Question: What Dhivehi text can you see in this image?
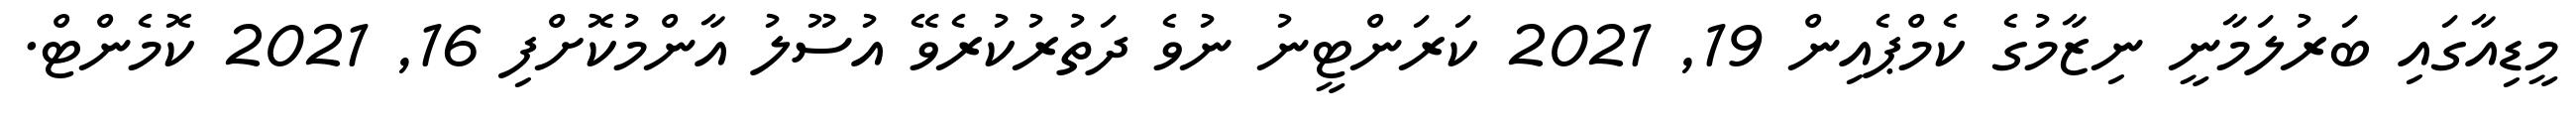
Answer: މީޑިއާގައި ބަރުލަމާނީ ނިޒާމުގެ ކެމްޕެއިން 19, 2021 ކަރަންޓީނު ނުވެ ދަތުރުކުރެވޭ އުސޫލު އާންމުކޮށްފި 16, 2021 ކޮމެންޓް.